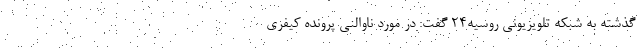
گذشته به شبکه تلویزیونی روسیه۲۴ گفت: در مورد ناوالنی پرونده کیفری